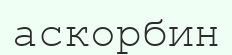
аскорбин